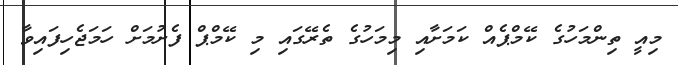
މިއީ ތިންމަހުގެ ކޭމްޕެއް ކަމަށާއި މިމަހުގެ ތެރޭގައި މި ކޭމްޕް ފެށުމަށް ހަމަޖެހިފައިވާ